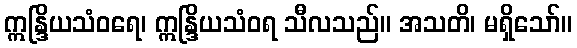
ဣန္ဒြိယသံဝရေ၊ ဣန္ဒြိယသံဝရ သီလသည်။ အသတိ၊ မရှိသော်။